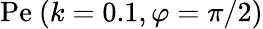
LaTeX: \mathrm{Pe}\ (k=0.1,\varphi=\pi/2)